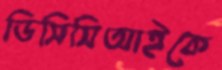
ডিসিসিআইকে